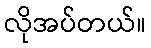
လိုအပ်တယ်။